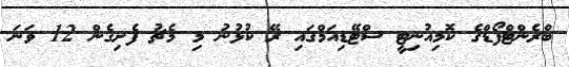
ބްރެންޓްފޯޑްގެ ކޮމިއުނިޓީ ސްޓޭޑިއަމްގައި ރޭ ކުޅުނު މި މެޗު ފެށިގެން 12 ވަނަ